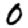
Digit: 0